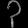
Digit: ၃